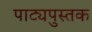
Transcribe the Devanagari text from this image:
पाट्यपुस्तक